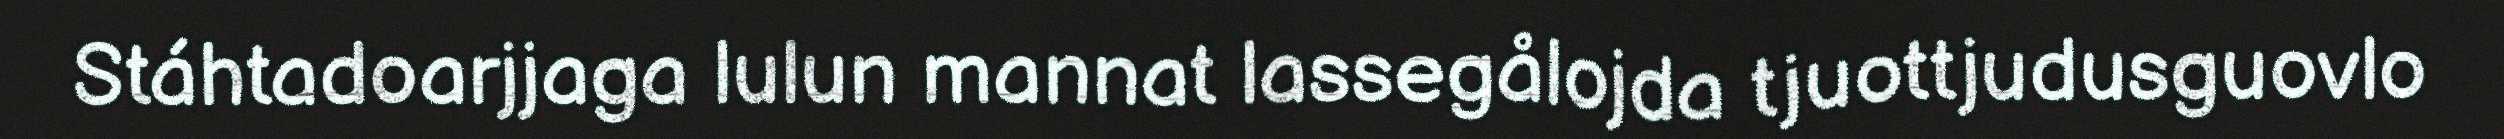
Stáhtadoarjjaga lulun mannat lassegålojda tjuottjudusguovlo